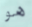
هو